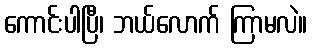
ကောင်းပါပြီ၊ ဘယ်လောက် ကြာမလဲ။